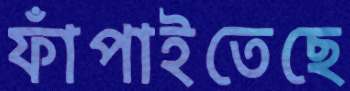
ফাঁপাইতেছে